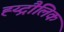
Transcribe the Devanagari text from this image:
ह्य्द्रौलिक